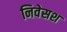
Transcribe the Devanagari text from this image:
निवेसश